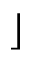
\rfloor